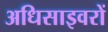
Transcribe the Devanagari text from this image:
अधिसाइवरों